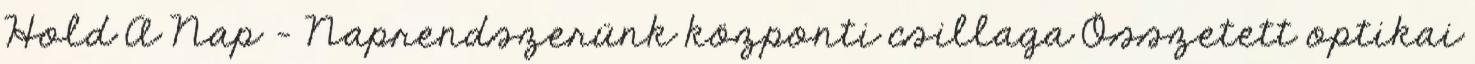
Hold A Nap – Naprendszerünk központi csillaga Összetett optikai